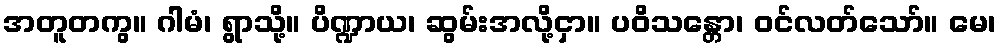
အတူတကွ။ ဂါမံ၊ ရွာသို့။ ပိဏ္ဍာယ၊ ဆွမ်းအလို့ငှာ။ ပဝိသန္တော၊ ဝင်လတ်သော်။ မေ၊